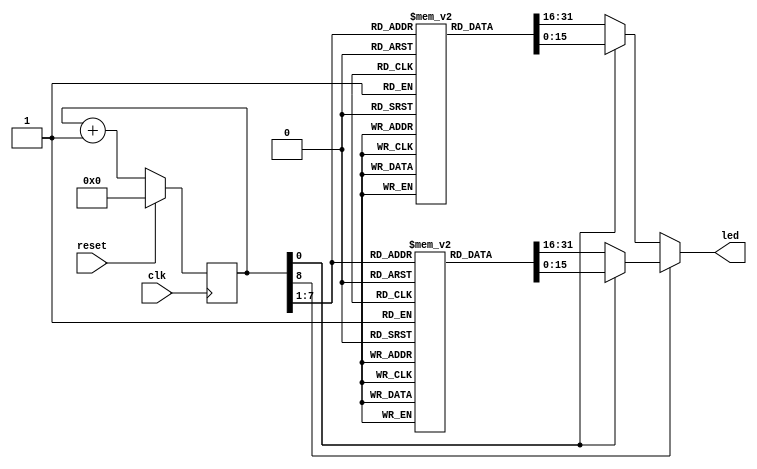
`timescale 1ns / 1ps 
//////////////////////////////////////////////////////////////////////////////////
// Company: 
// Engineer: 
// 
// Design Name: 
// Module Name: slowclk
// Project Name: 
// Target Devices: 
// Tool Versions: 
// Description: 
// 
// Dependencies: 
// 
// Revision:
// Revision 0.01 - File Created
// Additional Comments:
// 
//////////////////////////////////////////////////////////////////////////////////


module slowclk(input clk,reset,output reg [15:0]led);
reg[31:0]INSTR_MEM[0:127];
reg[31:0]DATA_CONST_MEM[0:127];
reg[8:0]i;

    initial begin
    //----------------------------------------------------------------
    // Instruction Memory
    //----------------------------------------------------------------
                INSTR_MEM[0] = 32'hE59F11F8; 
                INSTR_MEM[1] = 32'hE59F21F8; 
                INSTR_MEM[2] = 32'hE59F3200; 
                INSTR_MEM[3] = 32'hE5924000; 
                INSTR_MEM[4] = 32'hE5814000; 
                INSTR_MEM[5] = 32'hE2533001; 
                INSTR_MEM[6] = 32'h1AFFFFFB; 
                INSTR_MEM[7] = 32'hEAFFFFFE; 
                for(i = 8; i < 128; i = i+1) begin 
                    INSTR_MEM[i] = 32'h0; 
                end
                i = 0;
    
    //----------------------------------------------------------------
    // Data (Constant) Memory
    //----------------------------------------------------------------
                DATA_CONST_MEM[0] = 32'h00000C00; 
                DATA_CONST_MEM[1] = 32'h00000C04; 
                DATA_CONST_MEM[2] = 32'h00000C08; 
                DATA_CONST_MEM[3] = 32'h00000C0C; 
                DATA_CONST_MEM[4] = 32'h00000006; 
                DATA_CONST_MEM[5] = 32'hABCD1234; 
                DATA_CONST_MEM[6] = 32'h6C6C6548; 
                DATA_CONST_MEM[7] = 32'h6F57206F; 
                DATA_CONST_MEM[8] = 32'h21646C72; 
                DATA_CONST_MEM[9] = 32'h00212121; 
                for(i = 10; i < 128; i = i+1) begin 
                    DATA_CONST_MEM[i] = 32'h0; 
                end
                i = 0;
    end
    
   always@(posedge clk)
    begin                   
      if(reset)
       begin
          i = 0;
          //led =0;
        end
      else
        i = i + 1;
    end
       
    always @(i)
    begin
      if(i[8])
        begin
          if (i[0] ) 
           begin
                 led = DATA_CONST_MEM[i[7:1]][15:0];
            end
        else
           begin
                 led = DATA_CONST_MEM[i[7:1]][31:16];
           end    
        end
else
    begin
        if(i[0])
            begin
                led = INSTR_MEM[i[7:1]][15:0];  
            end
        else 
            begin
                led = INSTR_MEM[i[7:1]][31:16];
            end
    end
   end
endmodule